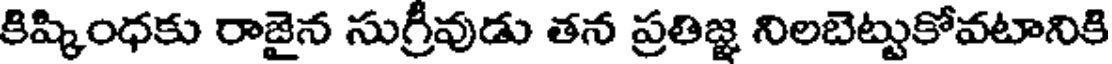
కిష్కింధకు రాజైన సుగ్రీవుడు తన ప్రతిజ్ఞ నిలబెట్టుకోవటానికి